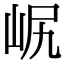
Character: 𡶋